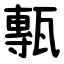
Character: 甎